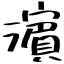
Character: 濵